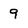
Character: 9